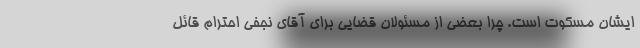
ایشان مسکوت است. چرا بعضی از مسئولان قضایی برای آقای نجفی احترام قائل